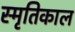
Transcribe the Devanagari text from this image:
स्मृतिकाल